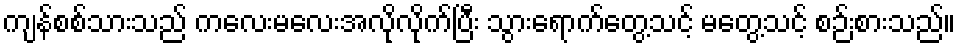
ကျန်စစ်သားသည် ကလေးမလေးအလိုလိုက်ပြီး သွားရောက်တွေ့သင့် မတွေ့သင့် စဉ်းစားသည်။